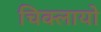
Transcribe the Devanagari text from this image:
चिक्लायो